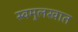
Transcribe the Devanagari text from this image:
स्वमुलखात